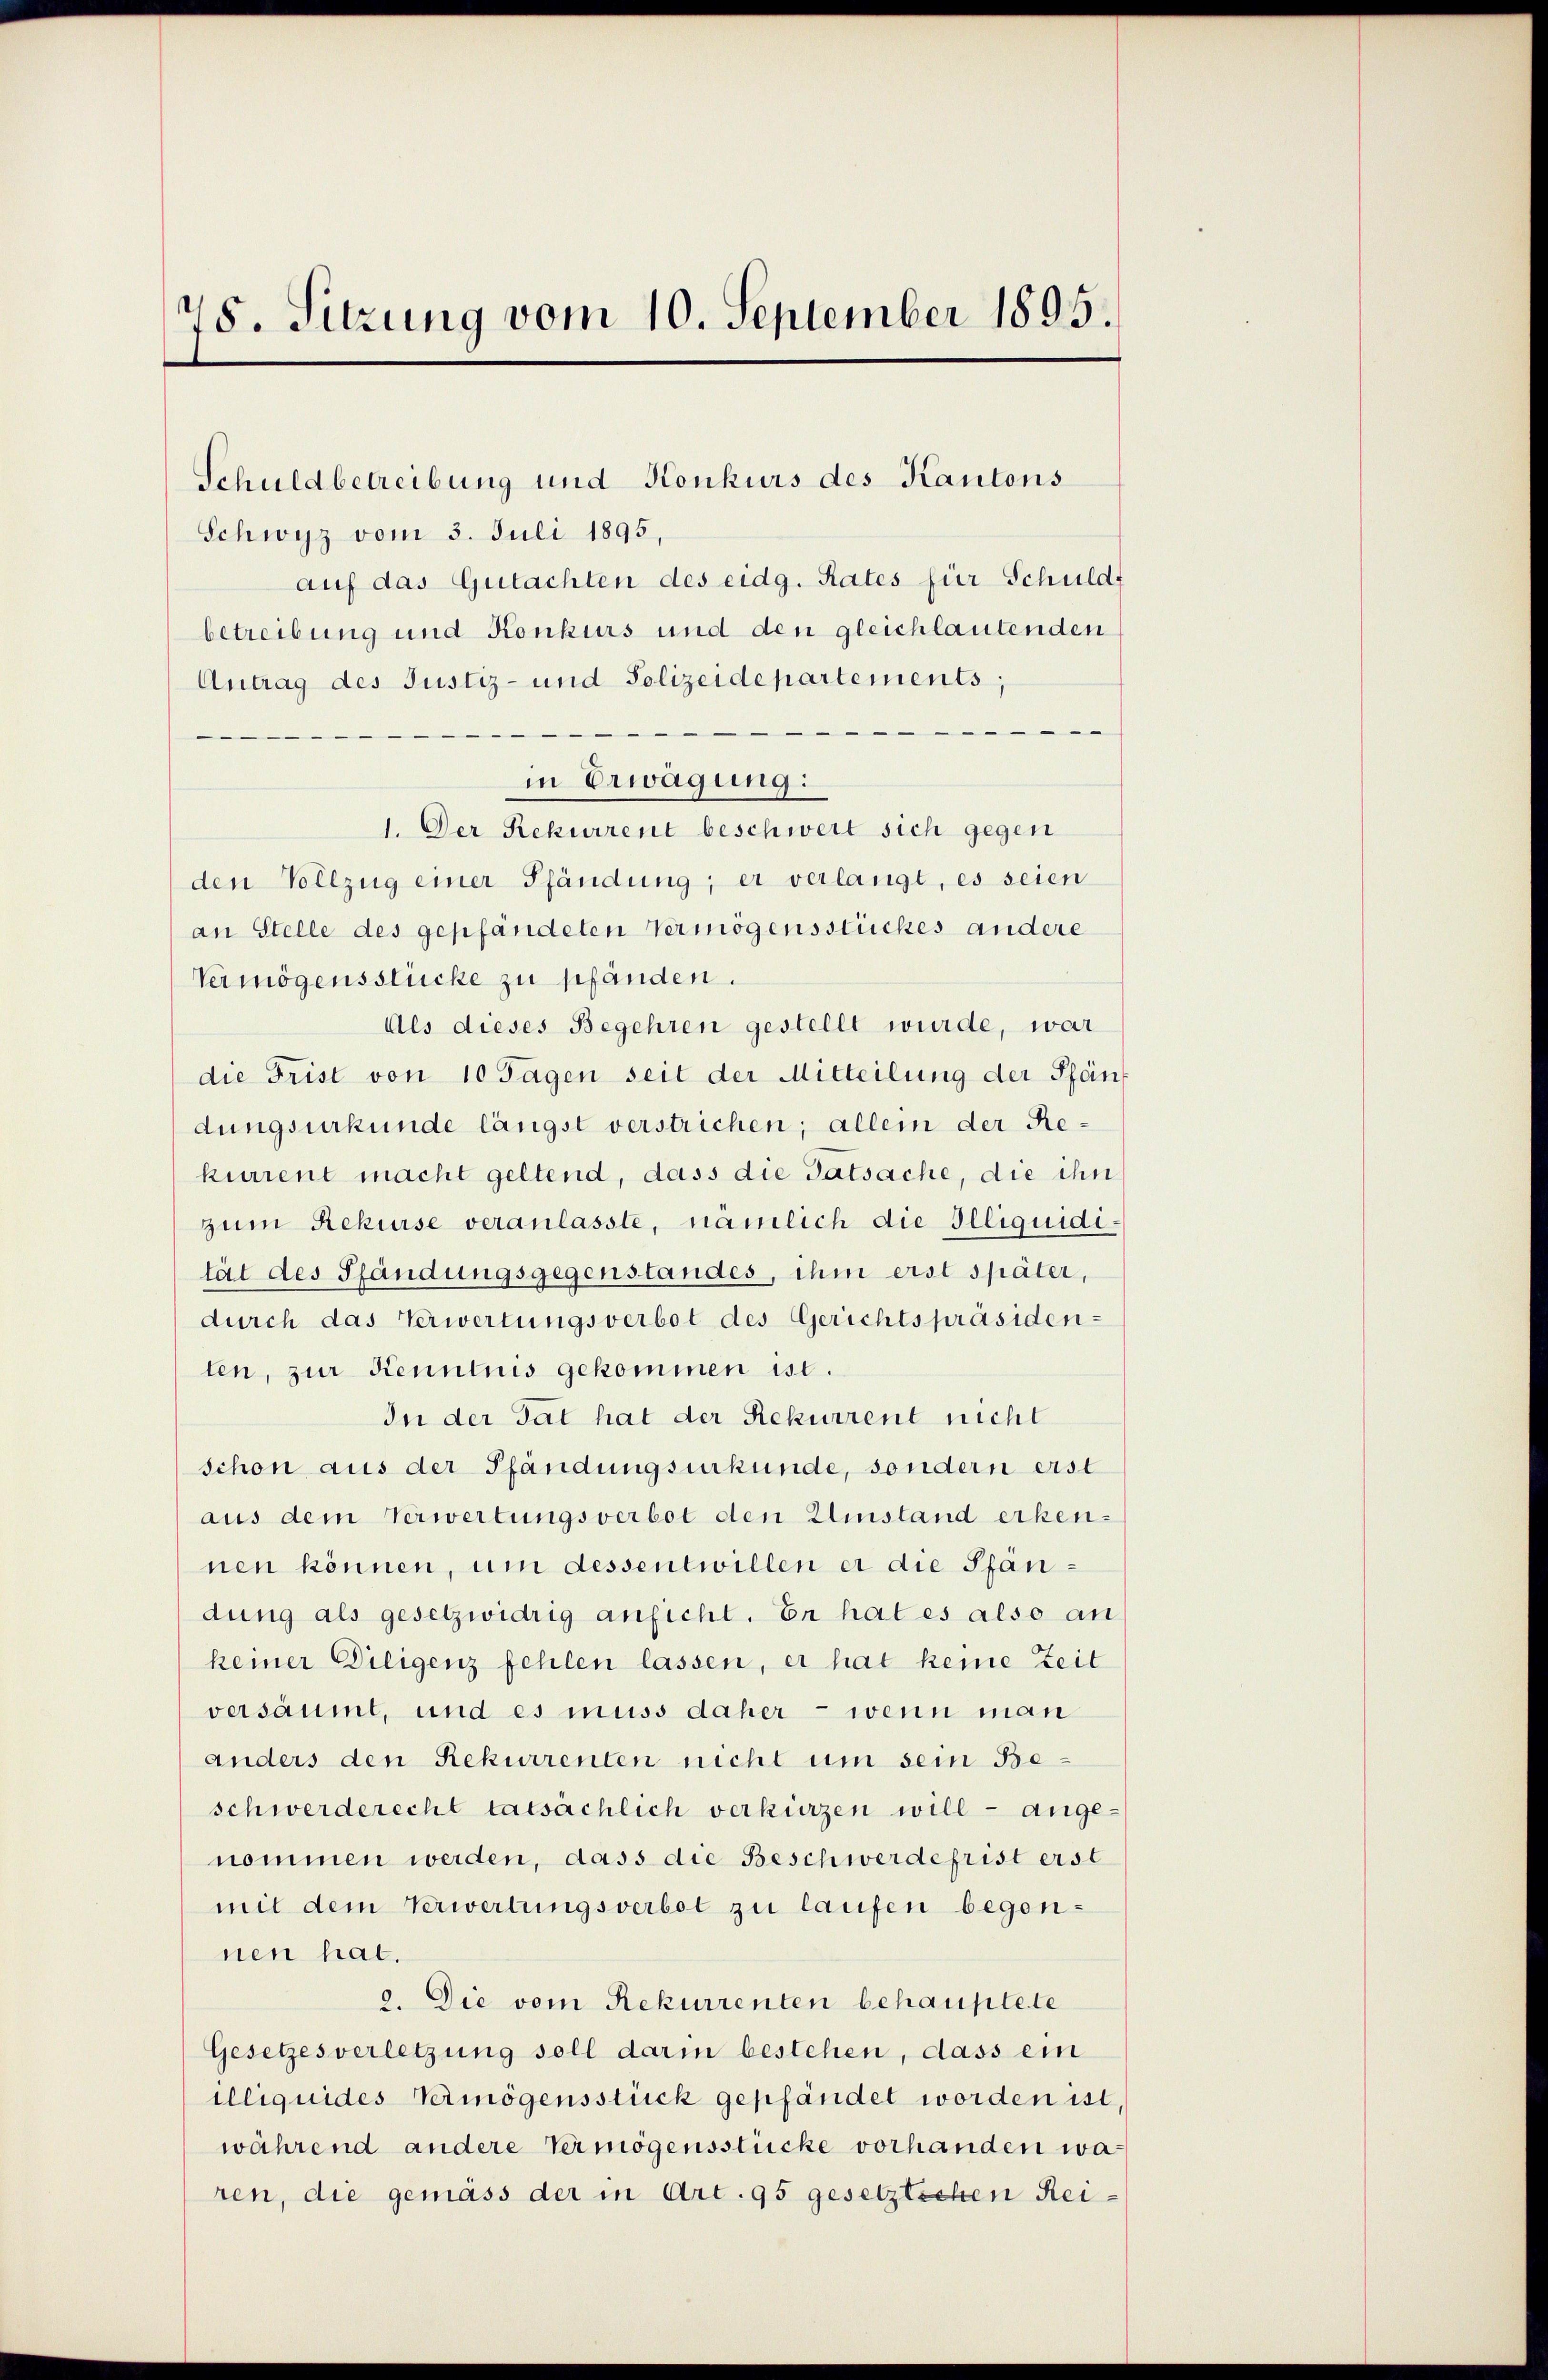
8. Sitzung vom 10. September 1895.

Schwyz vom 3. Juli 1895,
aŭf das Gutachten des eidg. Rates für Schuldf
betreibung und Konkurs und den gleichlautenden
Antrag des Justiz- und Polizeidepartements;

in Erwägung:
1. Der Rekurrent beschwert sich gegen
den Vollzug einer Pfändung; er verlangt, es seien
an Stelle des gepfändeten Vermögensstückes andere
Vermögensstücke zu pfänden.
Als dieses Begehren gestellt wurde, war
die Frist von 10 Tagen seit der Mitteilung der Pfan
dungsurkunde längst verstrichen; allein der Rekurrent macht geltend, dass die Tatsache, die ihn
zum Rekurse veranlasste, nämlich die Illiquidität des Pfändungsgegenstandes, ihm erst später,
durch das Verwertungsverbot des Gerichtspräsidenten, zur Kenntnis gekommen ist.
In der Tat hat der Rekurrent nicht
schon aus der Pfändungsurkunde, sondern erst
aus dem Verwertungsverbot den Einstand erkennen können, um dessentwillen er die Pfandung als gesetzwidrig ansicht. Er hat es also an
keiner Diligenz fehlen lassen, er hat keine Zeit
versäumt, und es muss daher - wenn man
anders den Rekurrenten nicht um sein Beschwerderecht tatsächlich verkürzen will - ange-
nommen werden, dass die Beschwerdefrist erst
mit dem Verwertungsverbot zu laufen begonnen hat.
2. Die vom Rekurrenten behauptete
Gesetzesverletzung soll darin bestehen, dass ein
illiquides Vermögensstück gepfändet worden ist
während andere Vermögensstücke vorhanden waren, die gemäss der in Art. 95 gesetztichen Rei¬

Schuldbetreibung und Konkurs des Kantons